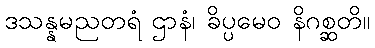
ဒသန္နမညတရံ ဌာနံ၊ ခိပ္ပမေဝ နိဂစ္ဆတိ။